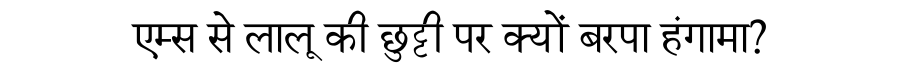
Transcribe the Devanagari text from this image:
एम्स से लालू की छुट्टी पर क्यों बरपा हंगामा?